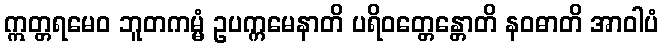
ဣတ္တရမေဝ ဘူတကမ္မံ ဥပက္ကမေနာတိ ပရိဝတ္တေန္တောတိ နဝဓာတိ အာဝါပံ